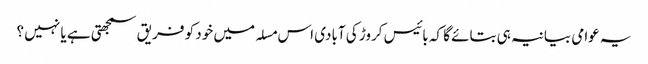
یہ عوامی بیانیہ ہی بتائے گا کہ بائیس کروڑ کی آبادی اس مسلہ میں خود کو فریق سمجھتی ہے یا نہیں ؟